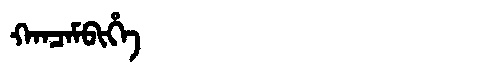
Manchu: ᡴᠠᠨᠴᠠᠮᠪᡳᡥᡝ
Romanization: KANCAMBIHE